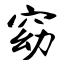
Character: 窈